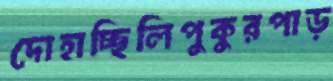
দোহাচ্ছিলিপুকুরপাড়